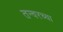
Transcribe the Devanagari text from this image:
तन्वरच्या